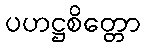
ပဟဋ္ဌစိတ္တော